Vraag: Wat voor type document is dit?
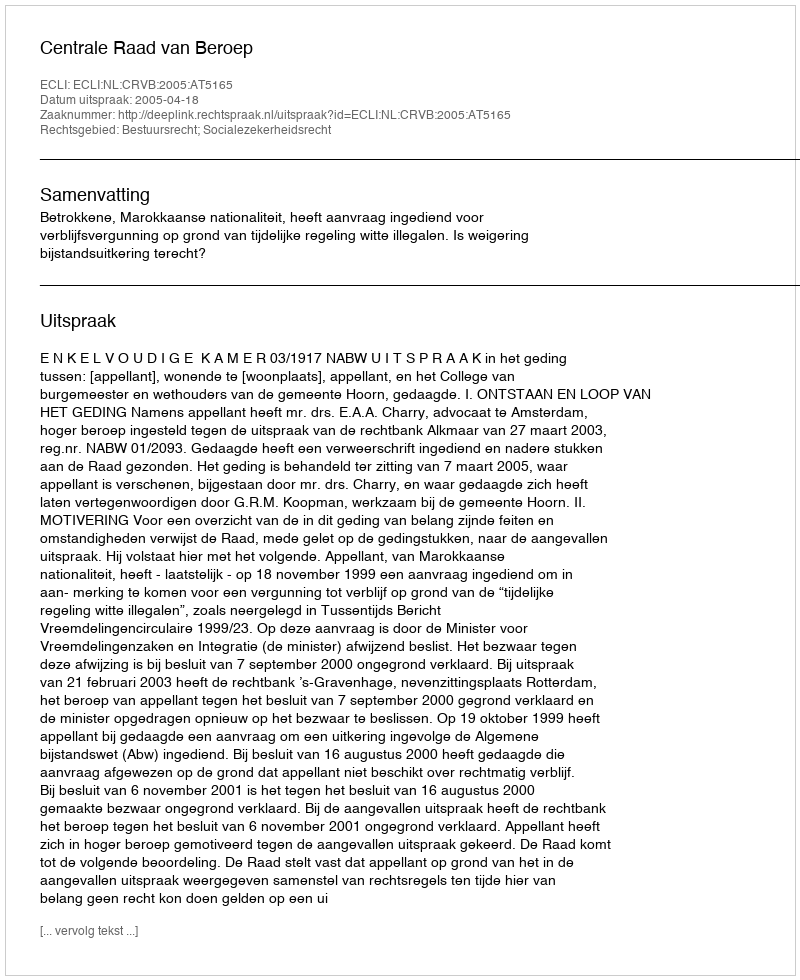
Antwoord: Uitspraak